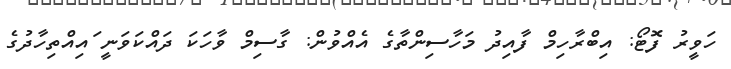
ހަވީރު ފޮޓޯ: އިބްރާހިމް ފާއިދު މަހާސިންތާގެ އެއްވުން: ގާސިމް ވާހަކަ ދައްކަވަނީ ައިއްތިހާދުގެ